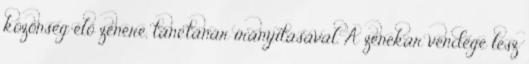
közönség élő zenére, tánctanár irányításával. A zenekar vendége lesz